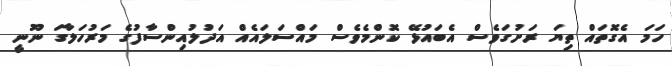
ހަމަ އެގޮތައް ތިޔަ ރަށުގަވެސް އެބައުޅޭ ކޮންމެވެސް މައްސަލައެއް އަދުލުއިންސާފުގެ މަރުހަލާގަ ނޫނީ